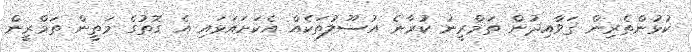
ކުޅުންތެރިން ޤަވާއިދުން ތަމްރީނު ކުރާނެ އުސޫލުތަކެއް އެކަށައަޅައި އެ ގޮތުގެ މަތީން ތަމްރީން